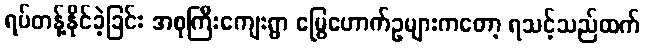
ရပ်တန့်နိုင်ခဲ့ခြင်း အစုကြီးကျေးရွာ မြွေဟောက်ဥများကတော့ ရသင့်သည်ထက်